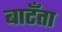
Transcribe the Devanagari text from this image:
बाटँता